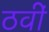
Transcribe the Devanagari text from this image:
ठवीं